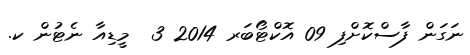
ނަގަން ފާސްކޮށްފި 09 އޮކްޓޯބަރ 2014 3  މީޑިއާ ނެޓުން ކ.